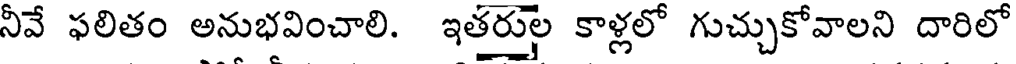
నీవే ఫలితం అనుభవించాలి. ఇతరుల కాళ్లలో గుచ్చుకోవాలని దారిలో